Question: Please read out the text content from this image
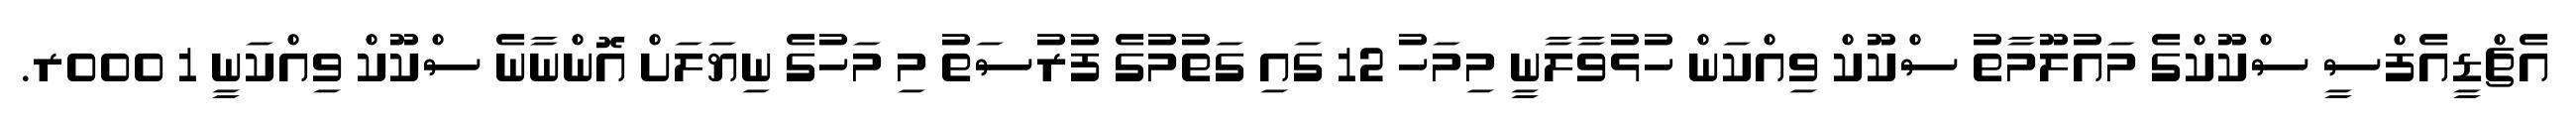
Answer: އެޗްޑީއެފްސީ ސްކޫކްގެ މައުލޫމާތު ސްކޫކް ވިއްކަން ހުޅުވާލާނީ މިމަހު 12 ގައި ގަތުމުގެ ފުރުސަތު މި މަހުގެ ނިޔަލަށް އޮންނާނެ ސްކޫކް ވިއްކަނީ 1 000ރ.